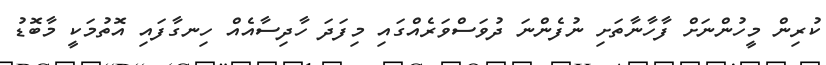
ކުރިން މީހުންނަށް ފާހާނާތަށި ނުފެންނަ ދުވަސްވަރެއްގައި މިފަދަ ހާދިސާއެއް ހިނގާފައި އޮތުމަކީ މާބޮޑު